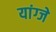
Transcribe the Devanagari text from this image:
यांग्जे